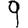
Digit: 9